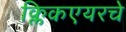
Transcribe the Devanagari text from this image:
क्लिकएयरचे